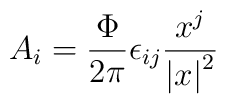
A_i = {\Phi \over {2\pi}}\epsilon_{ij}{x^j \over{{\vert x\vert}^2}   }